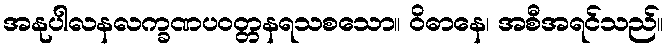
အနုပါလနလက္ခဏပဝတ္တနရသစသော။ ဝိဓာနေ၊ အစီအရင်သည်။